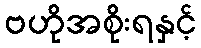
ဗဟိုအစိုးရနှင့်